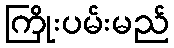
ကြိုးပမ်းမည်